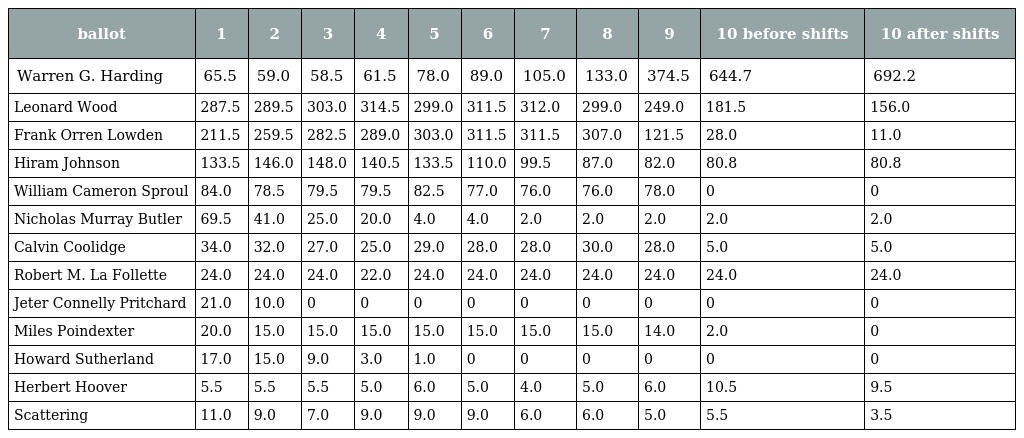
| ballot | 1 | 2 | 3 | 4 | 5 | 6 | 7 | 8 | 9 | 10 before shifts | 10 after shifts |
 | --- | --- | --- | --- | --- | --- | --- | --- | --- | --- | --- | --- |
 | Warren G. Harding | 65.5 | 59.0 | 58.5 | 61.5 | 78.0 | 89.0 | 105.0 | 133.0 | 374.5 | 644.7 | 692.2 |
 | Leonard Wood | 287.5 | 289.5 | 303.0 | 314.5 | 299.0 | 311.5 | 312.0 | 299.0 | 249.0 | 181.5 | 156.0 |
 | Frank Orren Lowden | 211.5 | 259.5 | 282.5 | 289.0 | 303.0 | 311.5 | 311.5 | 307.0 | 121.5 | 28.0 | 11.0 |
 | Hiram Johnson | 133.5 | 146.0 | 148.0 | 140.5 | 133.5 | 110.0 | 99.5 | 87.0 | 82.0 | 80.8 | 80.8 |
 | William Cameron Sproul | 84.0 | 78.5 | 79.5 | 79.5 | 82.5 | 77.0 | 76.0 | 76.0 | 78.0 | 0 | 0 |
 | Nicholas Murray Butler | 69.5 | 41.0 | 25.0 | 20.0 | 4.0 | 4.0 | 2.0 | 2.0 | 2.0 | 2.0 | 2.0 |
 | Calvin Coolidge | 34.0 | 32.0 | 27.0 | 25.0 | 29.0 | 28.0 | 28.0 | 30.0 | 28.0 | 5.0 | 5.0 |
 | Robert M. La Follette | 24.0 | 24.0 | 24.0 | 22.0 | 24.0 | 24.0 | 24.0 | 24.0 | 24.0 | 24.0 | 24.0 |
 | Jeter Connelly Pritchard | 21.0 | 10.0 | 0 | 0 | 0 | 0 | 0 | 0 | 0 | 0 | 0 |
 | Miles Poindexter | 20.0 | 15.0 | 15.0 | 15.0 | 15.0 | 15.0 | 15.0 | 15.0 | 14.0 | 2.0 | 0 |
 | Howard Sutherland | 17.0 | 15.0 | 9.0 | 3.0 | 1.0 | 0 | 0 | 0 | 0 | 0 | 0 |
 | Herbert Hoover | 5.5 | 5.5 | 5.5 | 5.0 | 6.0 | 5.0 | 4.0 | 5.0 | 6.0 | 10.5 | 9.5 |
 | Scattering | 11.0 | 9.0 | 7.0 | 9.0 | 9.0 | 9.0 | 6.0 | 6.0 | 5.0 | 5.5 | 3.5 |